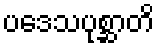
ပဒေသပုစ္ဆာတိ